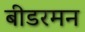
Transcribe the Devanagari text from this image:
बीडरमन